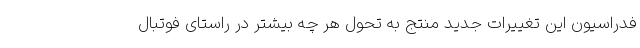
فدراسیون این تغییرات جدید منتج به تحول هر چه بیشتر در راستای فوتبال